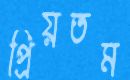
প্রিয়তম